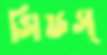
সিডস্